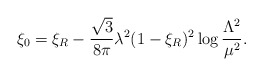
\begin{align*}\xi_0=\xi_R-\frac{\sqrt{3}}{8\pi}\lambda^2 (1-\xi_R)^2 \log\frac{\Lambda^2}{\mu^2}.\end{align*}